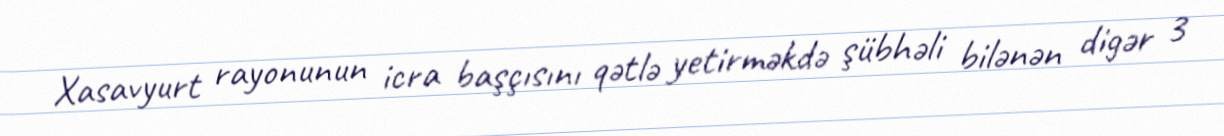
Xasavyurt rayonunun icra başçısını qətlə yetirməkdə şübhəli bilənən digər 3